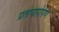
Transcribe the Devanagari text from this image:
प्रतायारोपण